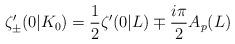
LaTeX: \begin{align*}\zeta'_{\pm}(0|K_0)= \frac{1}{2}\zeta'(0|L) \mp \frac{i \pi}{2} A_p(L)\end{align*}